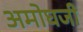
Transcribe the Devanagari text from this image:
अमोघजी